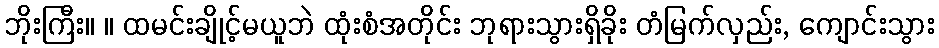
ဘိုးကြီး။ ။ ထမင်းချိုင့်မယူဘဲ ထုံးစံအတိုင်း ဘုရားသွားရှိခိုး တံမြက်လှည်း, ကျောင်းသွား